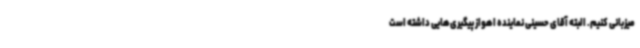
میزبانی کنیم. البته آقای حسینی نماینده اهواز پیگیری‌هایی داشته است